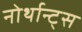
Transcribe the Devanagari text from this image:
नोर्थान्ट्स